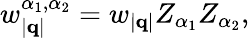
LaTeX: w_{|\mathbf{q}|}^{\alpha_{1},\alpha_{2}}=w_{|\mathbf{q}|}Z_{\alpha_{1}}Z_{\alpha_{2}},